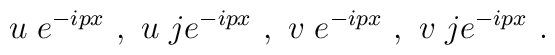
u \; e^{-ipx} ~,~u \; je^{-ipx} ~,~v \; e^{-ipx} ~,~v \; je^{-ipx} ~.